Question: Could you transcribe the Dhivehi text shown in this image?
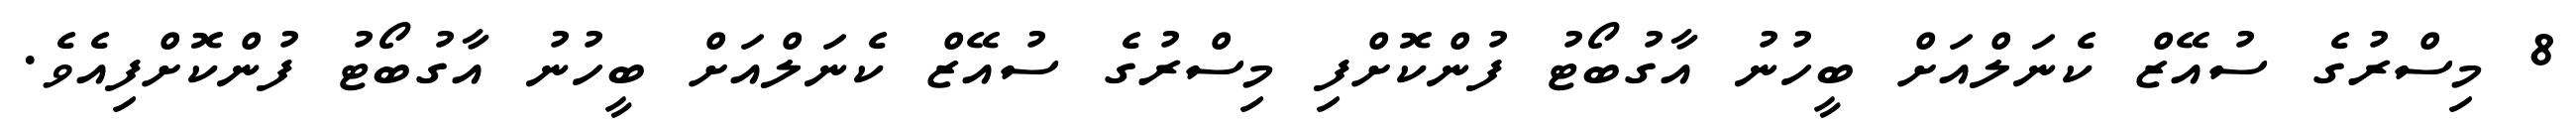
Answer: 8 މިސްރުގެ ސުއޭޒް ކެނަލްއަށް ބީހުނު އާގުބޯޓު ފުންކޮށްފި މިސްރުގެ ސުއޭޒް ކެނަލްއަށް ބީހުނު އާގުބޯޓު ފުންކޮށްފިއެވެ.